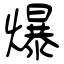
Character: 爆